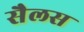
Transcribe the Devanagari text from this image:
सैलस